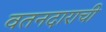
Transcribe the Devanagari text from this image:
वतनदाराची